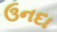
ઉનદા